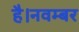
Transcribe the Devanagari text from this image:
है।नवम्बर